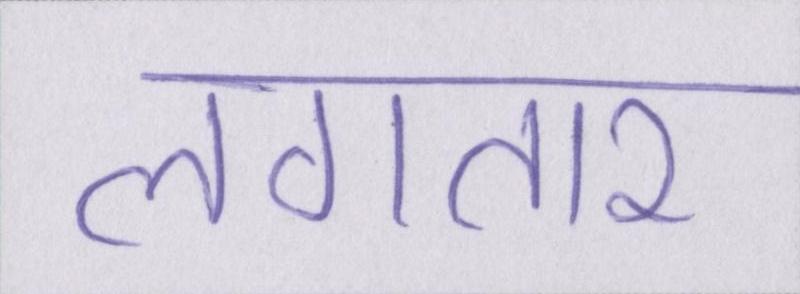
लगतार